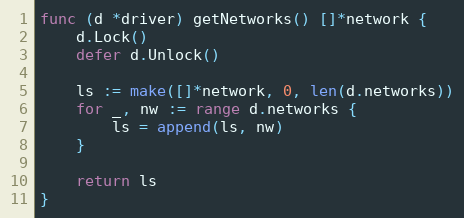
Language: Go
func (d *driver) getNetworks() []*network {
	d.Lock()
	defer d.Unlock()

	ls := make([]*network, 0, len(d.networks))
	for _, nw := range d.networks {
		ls = append(ls, nw)
	}

	return ls
}